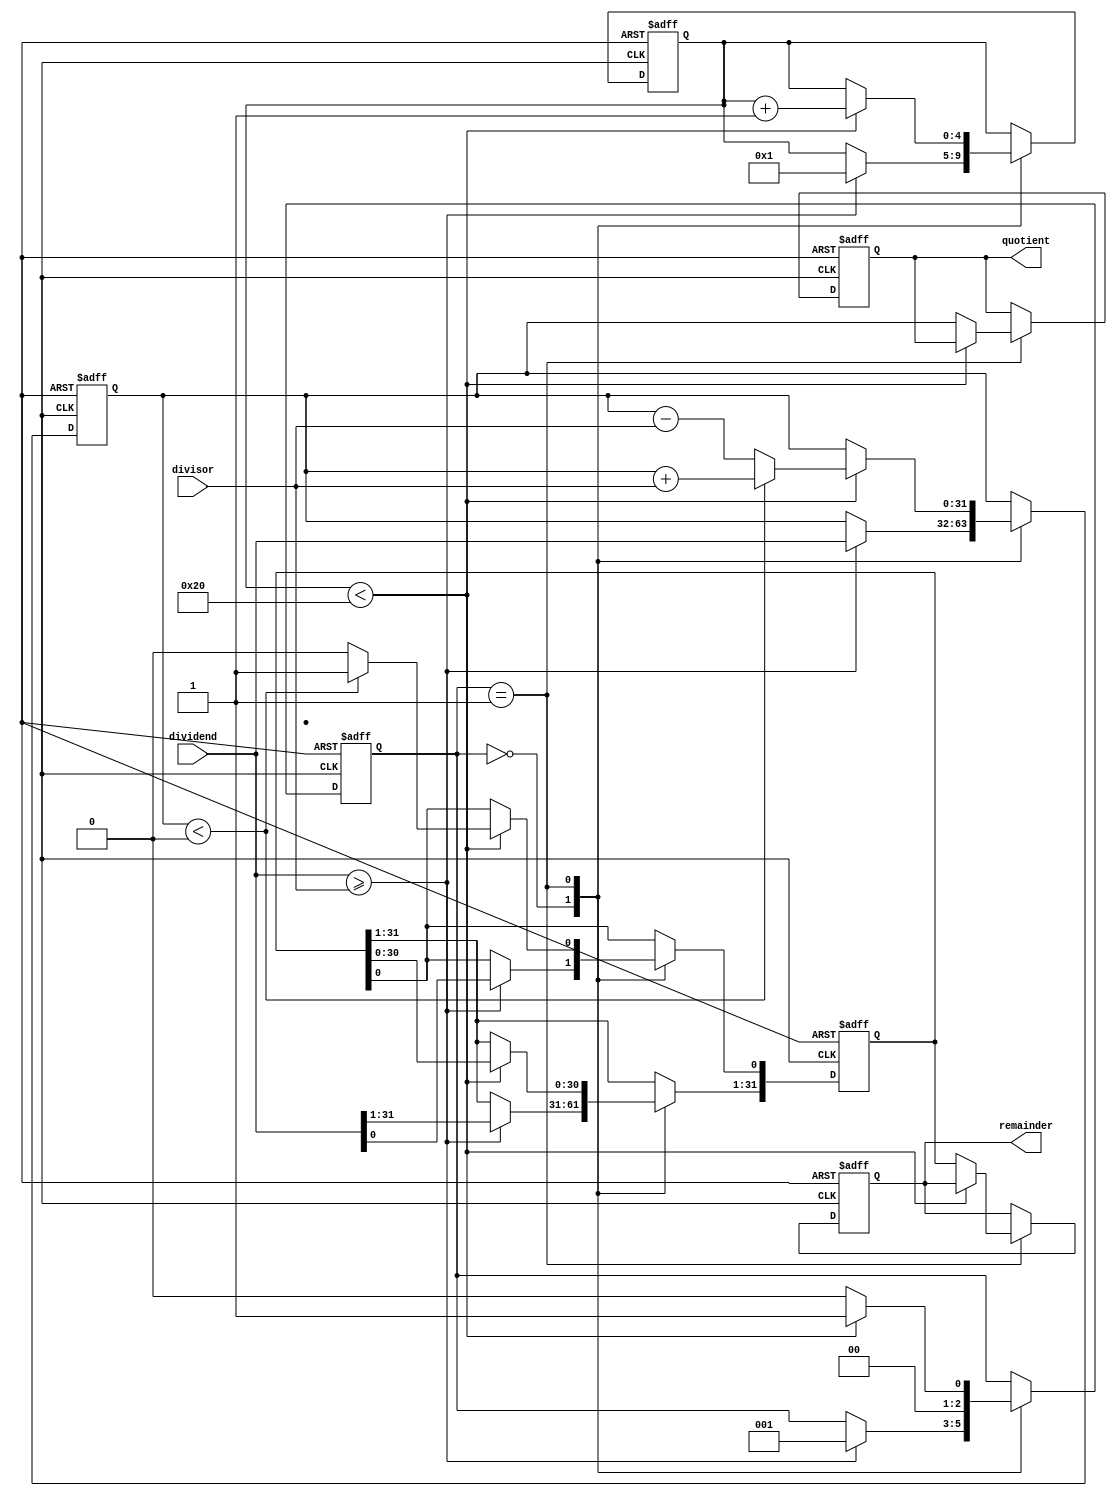
module Restoring_Divider (
    input wire [31:0] dividend,
    input wire [31:0] divisor,
    output reg [31:0] quotient,
    output reg [31:0] remainder
);

reg [31:0] remainder_shifted;
reg [31:0] dividend_partial;
reg [4:0] iteration_count;
reg [2:0] state;

always @ (posedge clk or negedge rst) begin
    if (~rst) begin
        iteration_count <= 0;
        remainder_shifted <= 0;
        dividend_partial <= 0;
        quotient <= 0;
        remainder <= 0;
        state <= 0;
    end else begin
        case (state)
            0: begin
                if (dividend >= divisor) begin
                    remainder_shifted <= dividend;
                    dividend_partial <= dividend;
                    iteration_count <= 1;
                    state <= 1;
                end
            end
            1: begin
                if (iteration_count < 32) begin
                    dividend_partial <= dividend_partial - divisor;
                    if (dividend_partial < 0) begin
                        dividend_partial <= dividend_partial + divisor;
                        remainder_shifted <= remainder_shifted << 1;
                        remainder_shifted[0] <= 1;
                    end else begin
                        remainder_shifted <= remainder_shifted << 1;
                        remainder_shifted[0] <= 0;
                    end
                    iteration_count <= iteration_count + 1;
                    state <= 1;
                end else begin
                    quotient <= dividend_partial;
                    remainder <= remainder_shifted;
                    state <= 0;
                end
            end
        endcase
    end
end

endmodule